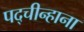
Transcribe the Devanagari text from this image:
पद्चीन्हाना